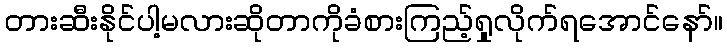
တားဆီးနိုင်ပါ့မလားဆိုတာကိုခံစားကြည့်ရှုလိုက်ရအောင်နော်။